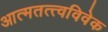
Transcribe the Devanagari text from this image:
आत्मतत्त्वविवेक